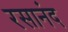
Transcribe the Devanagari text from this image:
रसानंद